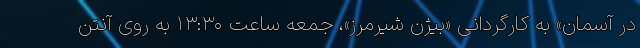
در آسمان» به کارگردانی «بیژن شیرمرز»، جمعه ساعت ۱۳:۳۰ به روی آنتن